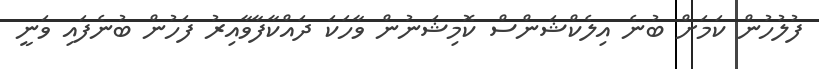
ފުލުހުން ކަމަށް ބުނެ އިލެކްޝަންސް ކޮމިޝަނުން ވާހަކަ ދައްކާފާވާއިރު ފަހުން ބުނެފައި ވަނީ